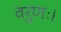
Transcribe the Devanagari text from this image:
वरुणः।